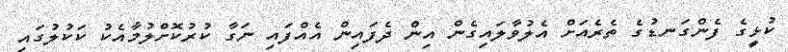
ކުޅީގެ ފެންގަނޑުގެ ތެރެއަށް އެލުވާލައިގެން އިން ދެފައިން އެއްފައި ނަގާ ކުރުކޮށްލުމާއެކު ކަކުލުގައި